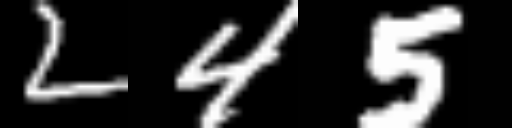
Text: 245